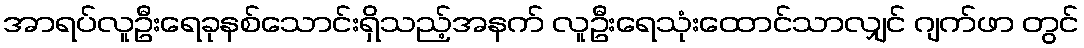
အာရပ်လူဦးရေခုနစ်သောင်းရှိသည့်အနက် လူဦးရေသုံးထောင်သာလျှင် ဂျက်ဖာ တွင်